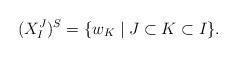
LaTeX: \begin{align*}(X_I^J)^S =\{w_K \mid J \subset K \subset I \}.\end{align*}